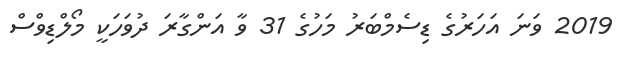
2019 ވަނަ އަހަރުގެ ޑިސެމްބަރު މަހުގެ 31 ވާ އަންގާރަ ދުވަހަކީ މޯލްޑިވްސް